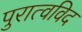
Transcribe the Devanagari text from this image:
पुरात्वविद